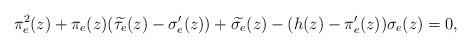
LaTeX: \begin{align*}\pi_{e}^{2}(z)+\pi_{e}(z)(\widetilde{\tau_{e}}(z)-\sigma_{e}'(z))+\widetilde{\sigma_{e}}(z)-(h(z)-\pi_{e}'(z))\sigma_{e}(z)=0,\end{align*}